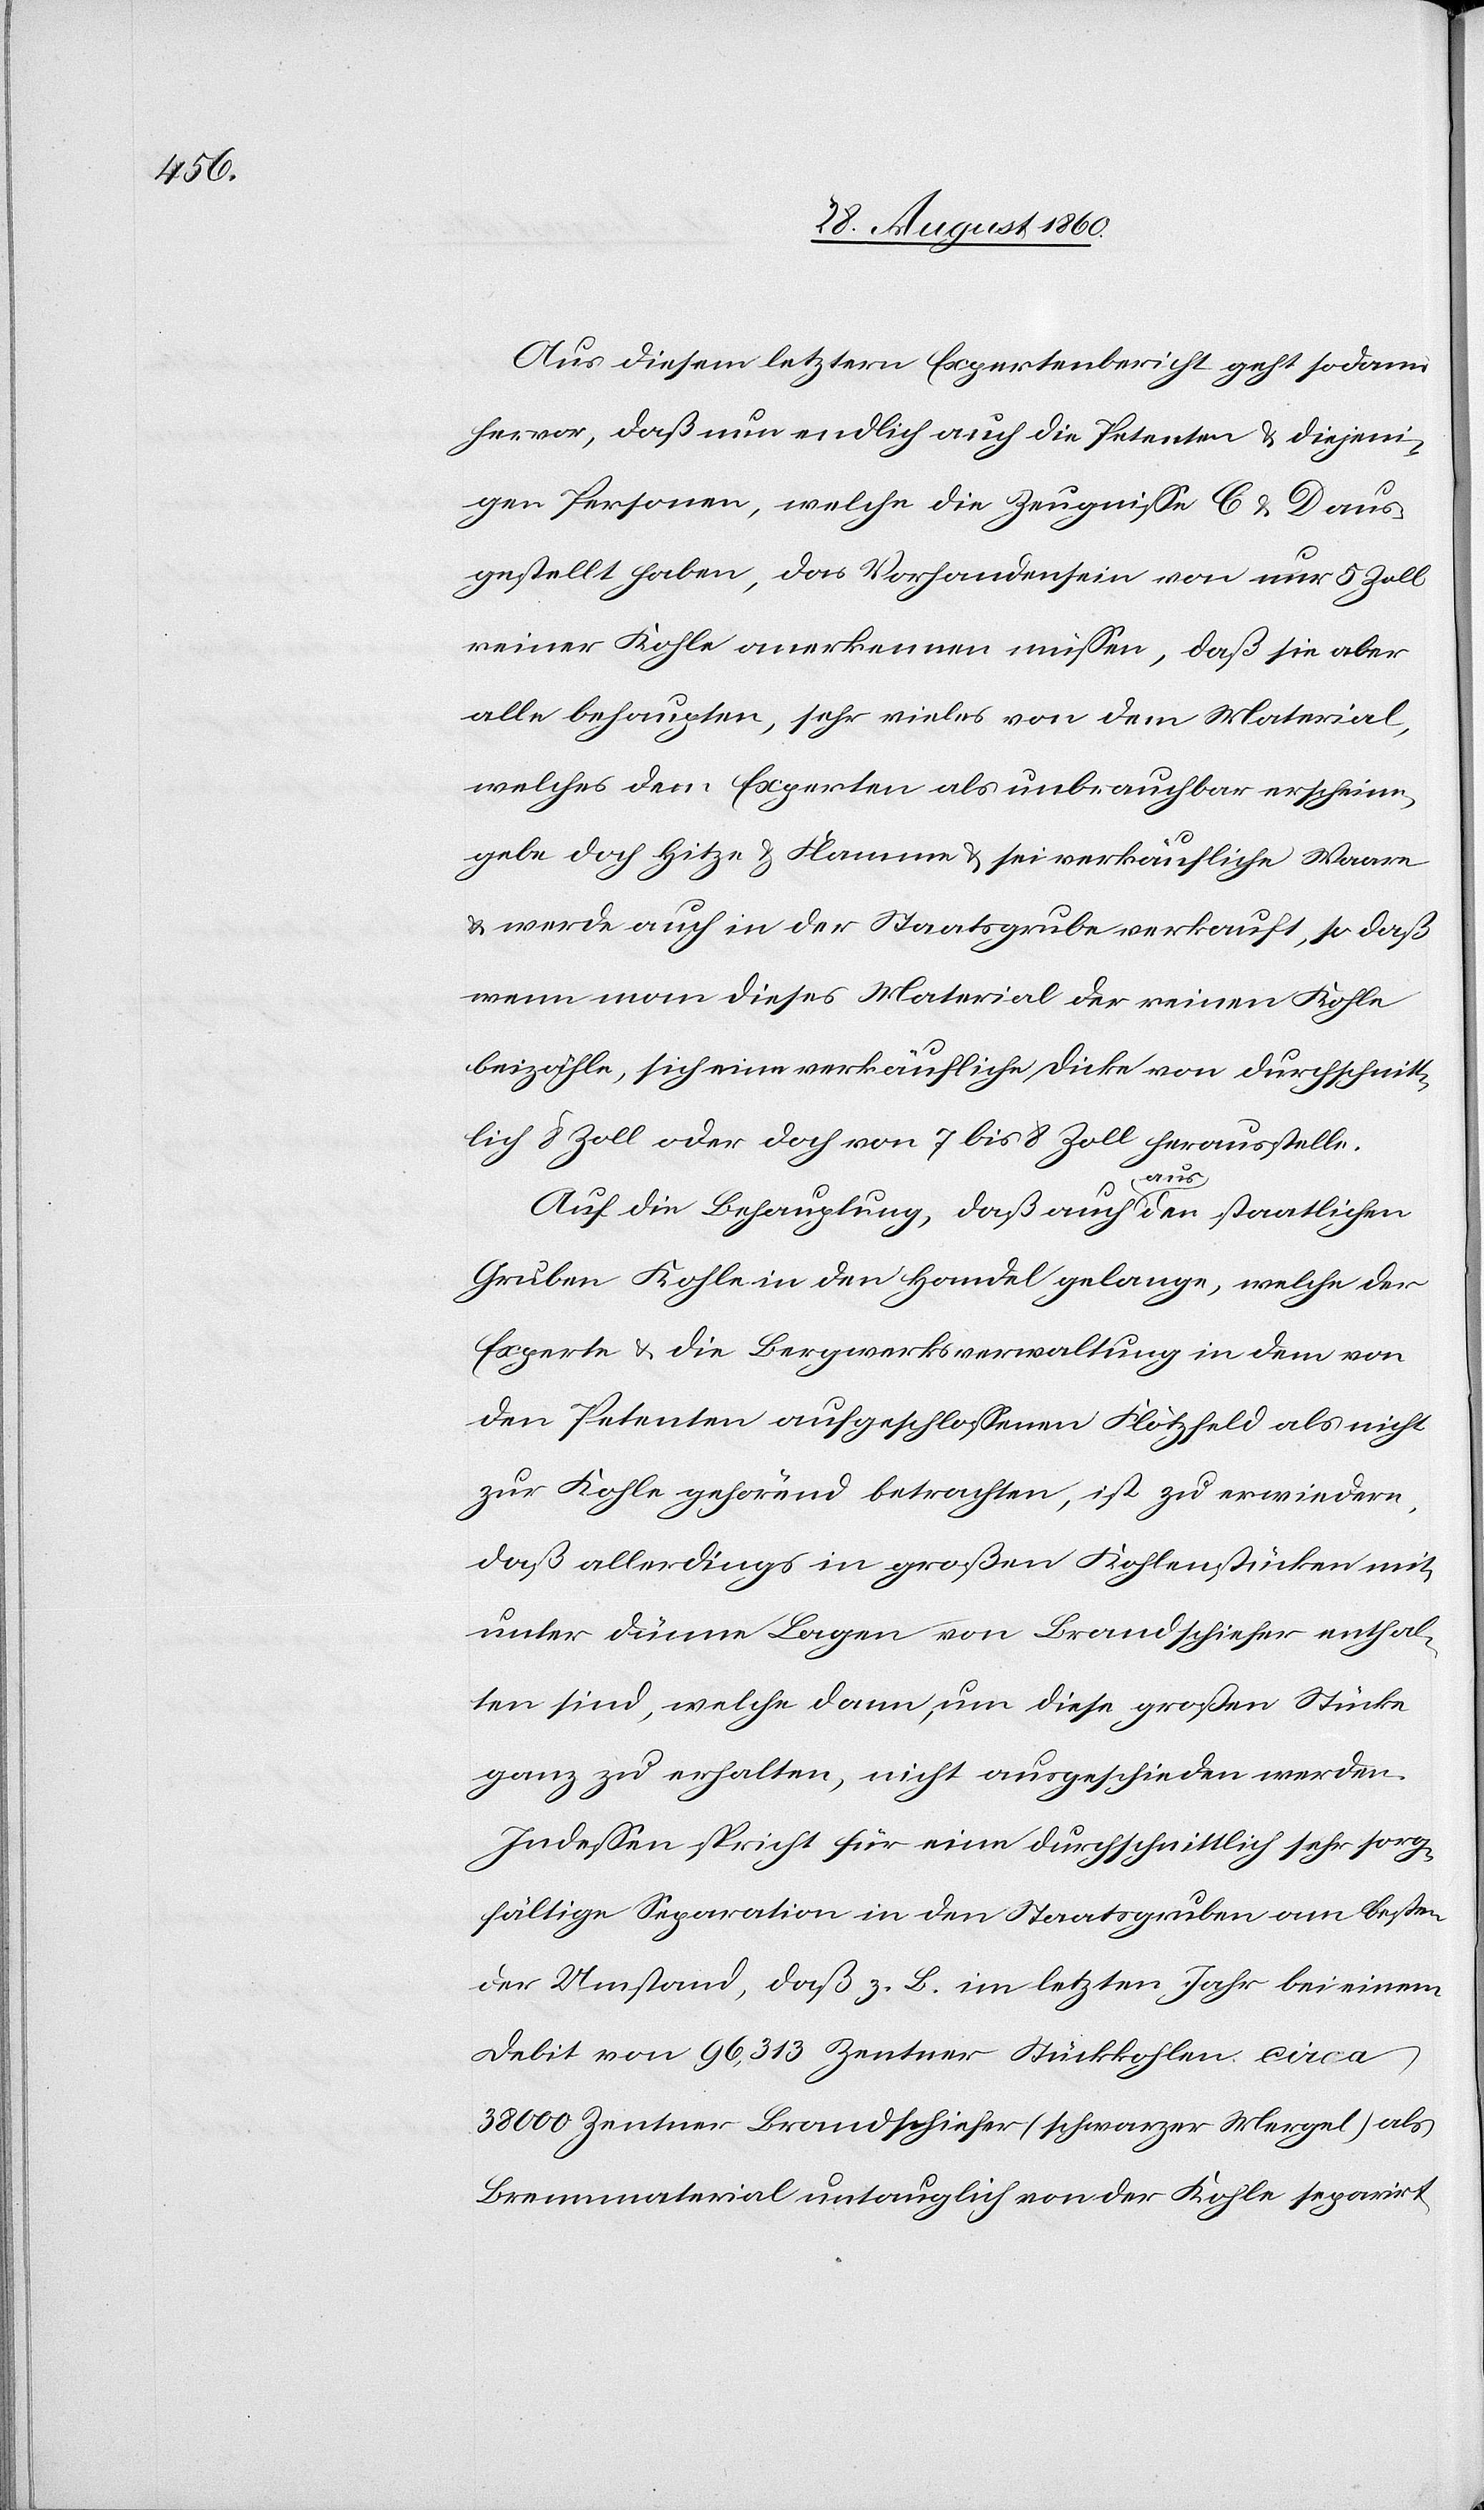
Aus diesem letztern Expertenbericht geht sodann
hervor, dass nun endlich auch die Petenten u. diejeni¬
gen Personen, welche die Zeugnisse C u. D aus¬
gestellt haben, das Vorhandensein von nur 5 Zoll
reiner Kohle anerkennen müssen, dass sie aber
alle behaupten, sehr vieles von dem Material,
welches dem Experten als unbrauchbar erscheine,
gebe doch Hitze u. Flamme u. sei verkäufliche Waare
u. werde auch in der Staatsgrube verkauft, so dass
wenn man dieses Material der reinen Kohle
beizähle, sich eine verkäufliche Dicke von durchschnitt¬
lich 3 Zoll oder doch von 7 bis 8 Zoll herausstelle.
Auf die Behauptung, dass auch aus den staatlichen
Gruben Kohle in den Handel gelange, welche der
Experte u. die Bergwerksverwaltung in dem von
den Petenten aufgeschlossenen Flötzfeld als nicht
zur Kohle gehörend betrachten, ist zu erwiedern,
dass allerdings in grossen Kohlenstücken mit¬
unter dünne Lagen von Braunschiefer enthal¬
ten sind, welche dann, um diese grossen Stücke
ganz zu erhalten, nicht aufgeschieden werden.
Indessen spricht für eine durchschnittlich sehr sorg¬
fältige Separation in den Staatsgruben am besten
der Umstand, dass z. B. im letzten Jahr bei einem
Debit von 96,313 Centner Stückkohlen ca
38 000 Ctnr. Brandschiefer (schwarzer Mergel) als
Brennmaterial untauglich von der Kohle sepa-